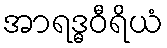
အာရဒ္ဓဝီရိယံ